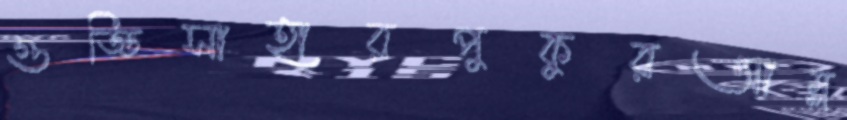
গুড্ডিসাহারপুকুরআম্ল